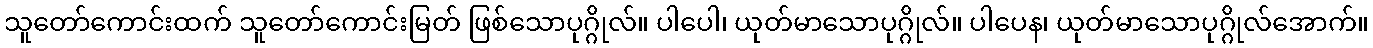
သူတော်ကောင်းထက် သူတော်ကောင်းမြတ် ဖြစ်သောပုဂ္ဂိုလ်။ ပါပေါ၊ ယုတ်မာသောပုဂ္ဂိုလ်။ ပါပေန၊ ယုတ်မာသောပုဂ္ဂိုလ်အောက်။